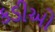
કડીઓ